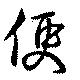
便